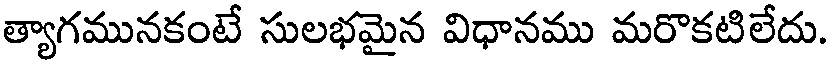
త్యాగమునకంటే సులభమైన విధానము మరొకటిలేదు.